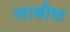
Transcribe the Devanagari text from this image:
लाबौफ